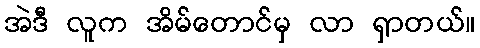
အဲဒီ လူက အိမ်တောင်မှ လာ ရှာတယ်။